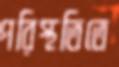
পরিস্থতিতে